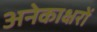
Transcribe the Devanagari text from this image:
अनेकाक्षरों